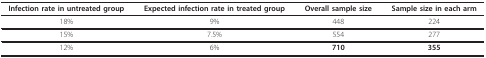
<table><thead><tr><td><b>Infection rate in untreated group</b></td><td><b>Expected infection rate in treated group</b></td><td><b>Overall sample size</b></td><td><b>Sample size in each arm</b></td></tr></thead><tbody><tr><td>18%</td><td>9%</td><td>448</td><td>224</td></tr><tr><td>15%</td><td>7.5%</td><td>554</td><td>277</td></tr><tr><td>12%</td><td>6%</td><td><b>710</b></td><td><b>355</b></td></tr></tbody></table>